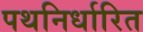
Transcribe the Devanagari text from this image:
पथनिर्धारित